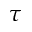
\tau